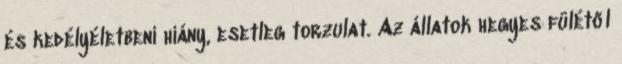
és kedélyéletbeni hiány, esetleg torzulat. Az állatok hegyes fülétől